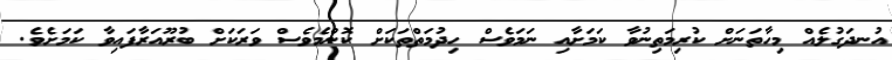
އުނދަގުލެއް މިހާތަނަށް ކުރިމަތިނުވާ ކަމަށާއި ނަމަވެސް ހިދުމަތްތަކަށް ކޮންމެވެސް ވަރަކަށް ބުރޫއަރާފައިވާ ކަމަށެވެ.